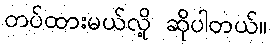
တပ်ထားမယ်လို့ ဆိုပါတယ်။